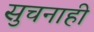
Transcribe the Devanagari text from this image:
सुचनाही